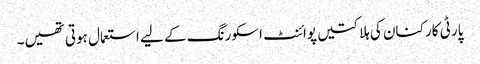
پارٹی کارکنان کی ہلاکتیں پوائنٹ اسکورنگ کے لیے استعمال ہوتی تھیں۔